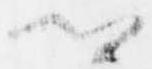
卿